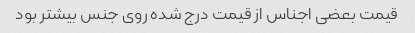
قیمت بعضی اجناس از قیمت درج شده روی جنس بیشتر بود